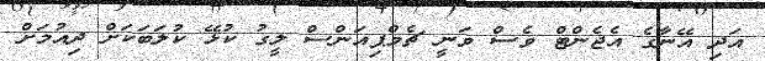
އަދި އޭނާގެ އެޖެންޓް ވެސް ވަނީ ޗެމްޕިއަންސް ލީގު ކުޅޭ ކުލަބަކަށް ދިއުމަށް